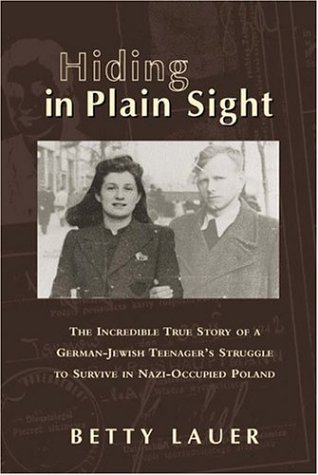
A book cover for Hiding in Plain Sight: The Incredible True Story of a German-Jewish Teenager's Struggle to Survive in Nazi-Occupied Poland; Betty Lauer; Biographies & Memoirs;